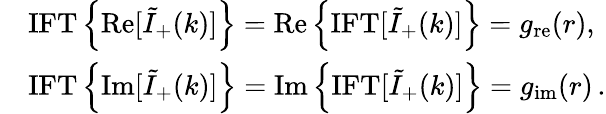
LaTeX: \begin{array}{rl}&{{\mathrm{IFT}}\left\{ \mathrm{Re}[\tilde{I}_{+}(k)]\right\} =\mathrm{Re}\left\{ {\mathrm{IFT}}[\tilde{I}_{+}(k)]\right\} =g_{\mathrm{re}}(r),}\\ &{{\mathrm{IFT}}\left\{ \mathrm{Im}[\tilde{I}_{+}(k)]\right\} =\mathrm{Im}\left\{ {\mathrm{IFT}}[\tilde{I}_{+}(k)]\right\} =g_{\mathrm{im}}(r)\, .}\end{array}